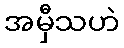
အမှီသဟဲ